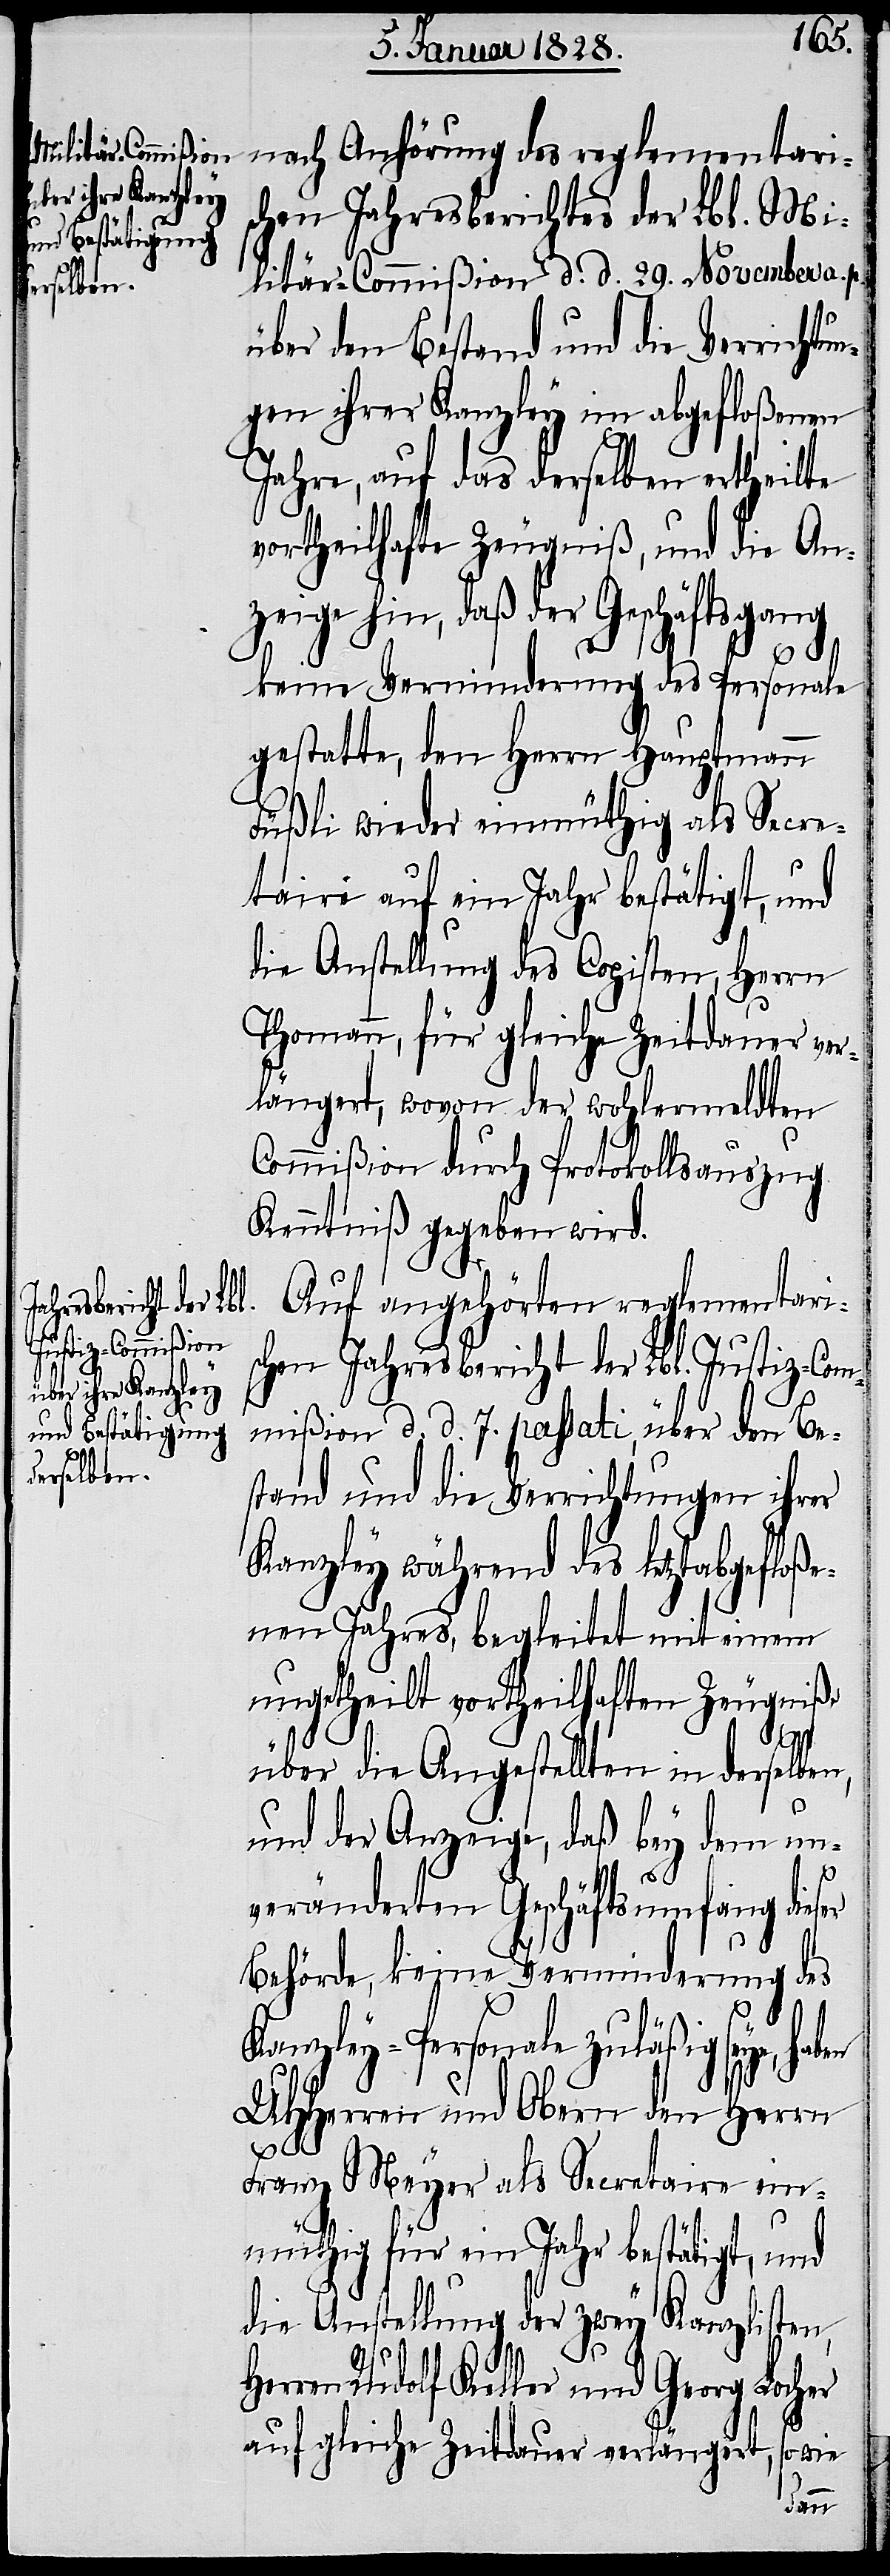
nach Anhörung des reglementari¬
schen Jahresberichtes der Lbl. Mi¬
litär-Commißion d. d. 29. November a. p.
über den Bestand und die Verrichtun¬
gen ihrer Kanzley im abgefloßenen
Jahre, auf das derselben ertheilte
vortheilhafte Zeugniß, und die An¬
zeige hin, daß der Geschäftsgang
keine Verminderung des Personale
gestattet den Herrn Hauptmann
Füßli wieder einmüthig als Secre¬
taire auf ein Jahr bestätigt, und
die Anstellung des Copisten, Herrn
Thomann, für gleiche Zeitdauer ver¬
längert, wovon der wohlermeldten
Commißion durch Protokollsauszug
Kenntniß gegeben wird.
Auf angehörten reglementari¬
schen Jahresbericht der Lbl. Justiz-Com¬
mißion d. d. 7. passati, über den Be¬
stand und die Verrichtungen ihrer
Kanzley während des letztabgefloße¬
nen Jahres, begleitet mit einem
ungetheilt vortheilhaften Zeugniß,
über die Angestellten in derselben,
und der Anzeige, daß bey dem un¬
veränderten Geschäftsumfang dieser
Behörde, keine Verminderung des
Kanzley-Personale zuläßig seye,
UHHerren und Obern den Herrn
Franz Meyer als Secretaire ein¬
müthig für ein Jahr bestätigt, und
die Anstellung der zwey Kanzlisten,
ren Rudolf Keller und Georg Locher
auf gleiche Zeitdauer verlängert, so wie
Her¬